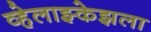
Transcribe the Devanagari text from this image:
व्हेलाझ्केझला